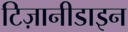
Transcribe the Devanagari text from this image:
टिज़ानीडाइन